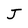
Character: J